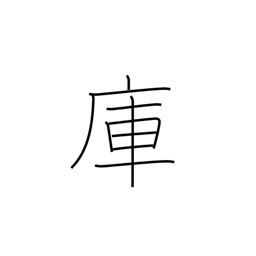
Meaning: storehouse